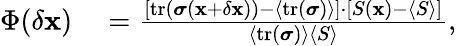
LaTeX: \begin{array}{rl}{\Phi(\delta\mathbf{x})}&{{}=\frac{[\textrm{tr}({\boldsymbol\sigma}(\mathbf{x}+\delta\mathbf{x}))-\langle\textrm{tr}({\boldsymbol\sigma})\rangle]\cdot[S(\mathbf{x})-\langle S\rangle]}{\langle\textrm{tr}({\boldsymbol\sigma})\rangle\langle S\rangle},}\end{array}